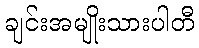
ချင်းအမျိုးသားပါတီ